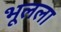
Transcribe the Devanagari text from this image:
भूलला